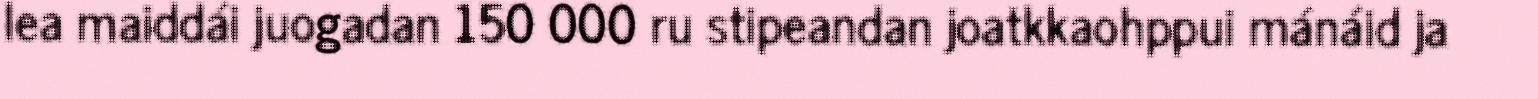
lea maiddái juogadan 150 000 ru stipeandan joatkkaohppui mánáid ja